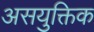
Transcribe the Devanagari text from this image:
असयुक्तिक